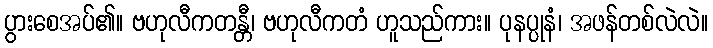
ပွားစေအပ်၏။ ဗဟုလီကတန္တီ၊ ဗဟုလီကတံ ဟူသည်ကား။ ပုနပ္ပုနံ၊ အဖန်တစ်လဲလဲ။